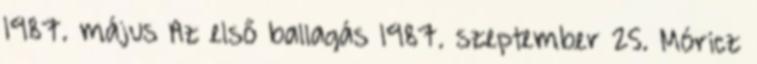
1987. május Az első ballagás 1987. szeptember 25. Móricz